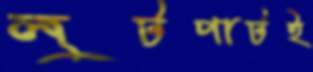
লুটপাটই